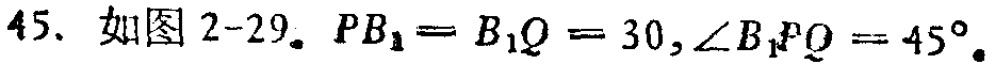
45. 如图2-29。$PB_{1}=B_{1}Q = 30,\angle B_{1}PQ = 45^{\circ}$。